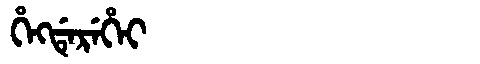
Manchu: ᡥᡝᡴᡩᡝᡵᡝᡥᡝᡳ
Romanization: HEKDEREHEI